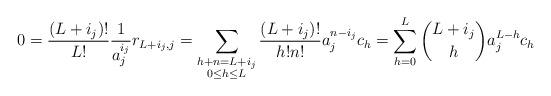
LaTeX: \begin{align*}0 = \frac{(L + i_j)!}{L!} \frac{1}{a_j^{i_j}} r_{L+i_j, j}= \sum_{\substack{h+n=L+i_j \\ 0 \leq h \leq L}} \frac{(L + i_j)!}{h! n!} a_j^{n-i_j} c_h= \sum_{h=0}^L \binom{L + i_j}{h} a_j^{L-h} c_h\end{align*}